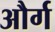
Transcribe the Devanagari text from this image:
और्ग